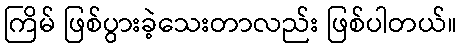
ကြိမ် ဖြစ်ပွားခဲ့သေးတာလည်း ဖြစ်ပါတယ်။